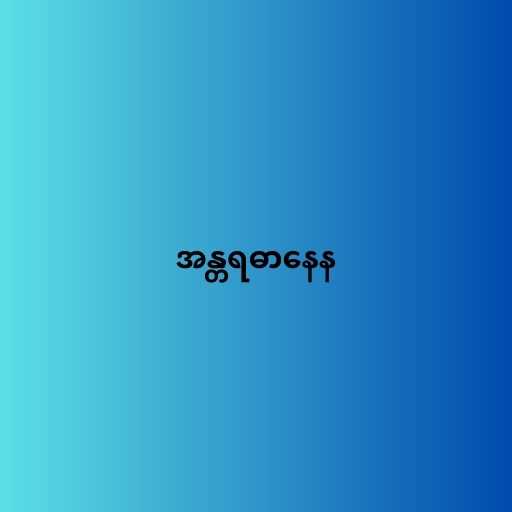
အန္တရဓာနေန